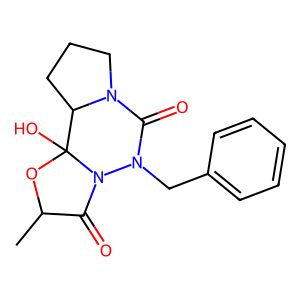
SMILES: CC1OC2(O)C3CCCN3C(=O)N(Cc3ccccc3)N2C1=O
Inhibits HIV replication: No